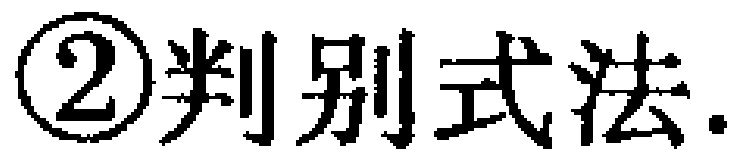
\textcircled{2}判别式法.